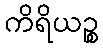
ကိရိယဉ္စ